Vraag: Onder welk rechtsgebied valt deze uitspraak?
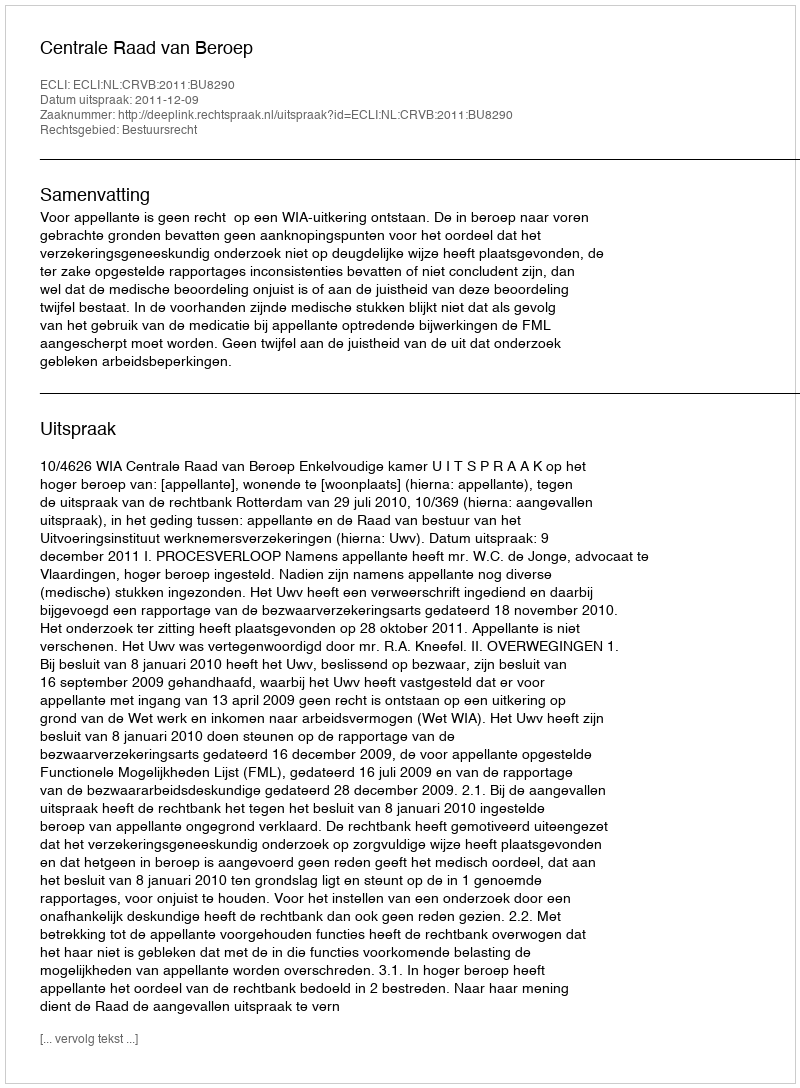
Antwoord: Bestuursrecht